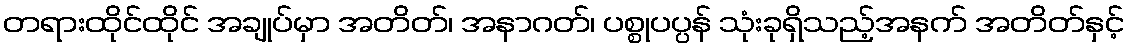
တရားထိုင်ထိုင် အချုပ်မှာ အတိတ်၊ အနာဂတ်၊ ပစ္စုပပ္ပန် သုံးခုရှိသည့်အနက် အတိတ်နှင့်